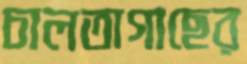
চালতাগাছের